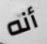
أنه